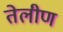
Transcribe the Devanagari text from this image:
तेलीण